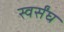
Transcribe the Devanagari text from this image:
स्वर्संघ